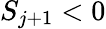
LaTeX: S_{j+1}<0